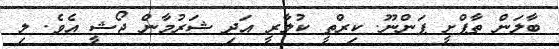
ބާލަން ތާޕްށީ ޕަންނޫ. ކިރްތީ ކުލާރީ އަދި ޝަރުމާން ޖޯޝީ އެވެ. ލި